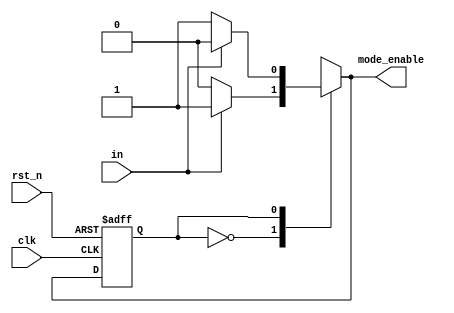
`timescale 1ns / 1ps
//////////////////////////////////////////////////////////////////////////////////
// Company: 
// Engineer: 
// 
// Design Name: 
// Module Name: fsm_2state
// Project Name: 
// Target Devices: 
// Tool Versions: 
// Description: 
// 
// Dependencies: 
// 
// Revision:
// Revision 0.01 - File Created
// Additional Comments:
// 
//////////////////////////////////////////////////////////////////////////////////


module fsm_2state(
  mode_enable,  // if counter is enabled 
  in, //input control
  clk, // global clock signal
  rst_n  // low active reset
);

// outputs
output reg mode_enable;  // if counter is enabled 

// inputs
input clk; // global clock signal
input rst_n; // low active reset
input in; //input control

reg state; // state of FSM
reg next_state; // next state of FSM

// ***************************
// FSM
// ***************************
// FSM state decision
always @*
  case (state)
    1'b0:
      if (in)
      begin
        next_state = 1'b1;
        mode_enable = 1'b1;
      end
      else
      begin
        next_state = 1'b0;
        mode_enable = 1'b0;
      end
    1'b1:
      if (in)
      begin
        next_state = 1'b0;
        mode_enable = 1'b0;
      end
      else
      begin
        next_state = 1'b1;
        mode_enable = 1'b1;
      end
    default:
      begin
        next_state = 1'b0;	 
        mode_enable = 1'b0;
    end
  endcase

// FSM state transition
always @(posedge clk or negedge rst_n)
begin
  if (~rst_n)
    state <= 1'b0;
  else
    state <= next_state;
end

endmodule